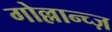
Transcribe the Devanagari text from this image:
गोल्लान्च्ज़